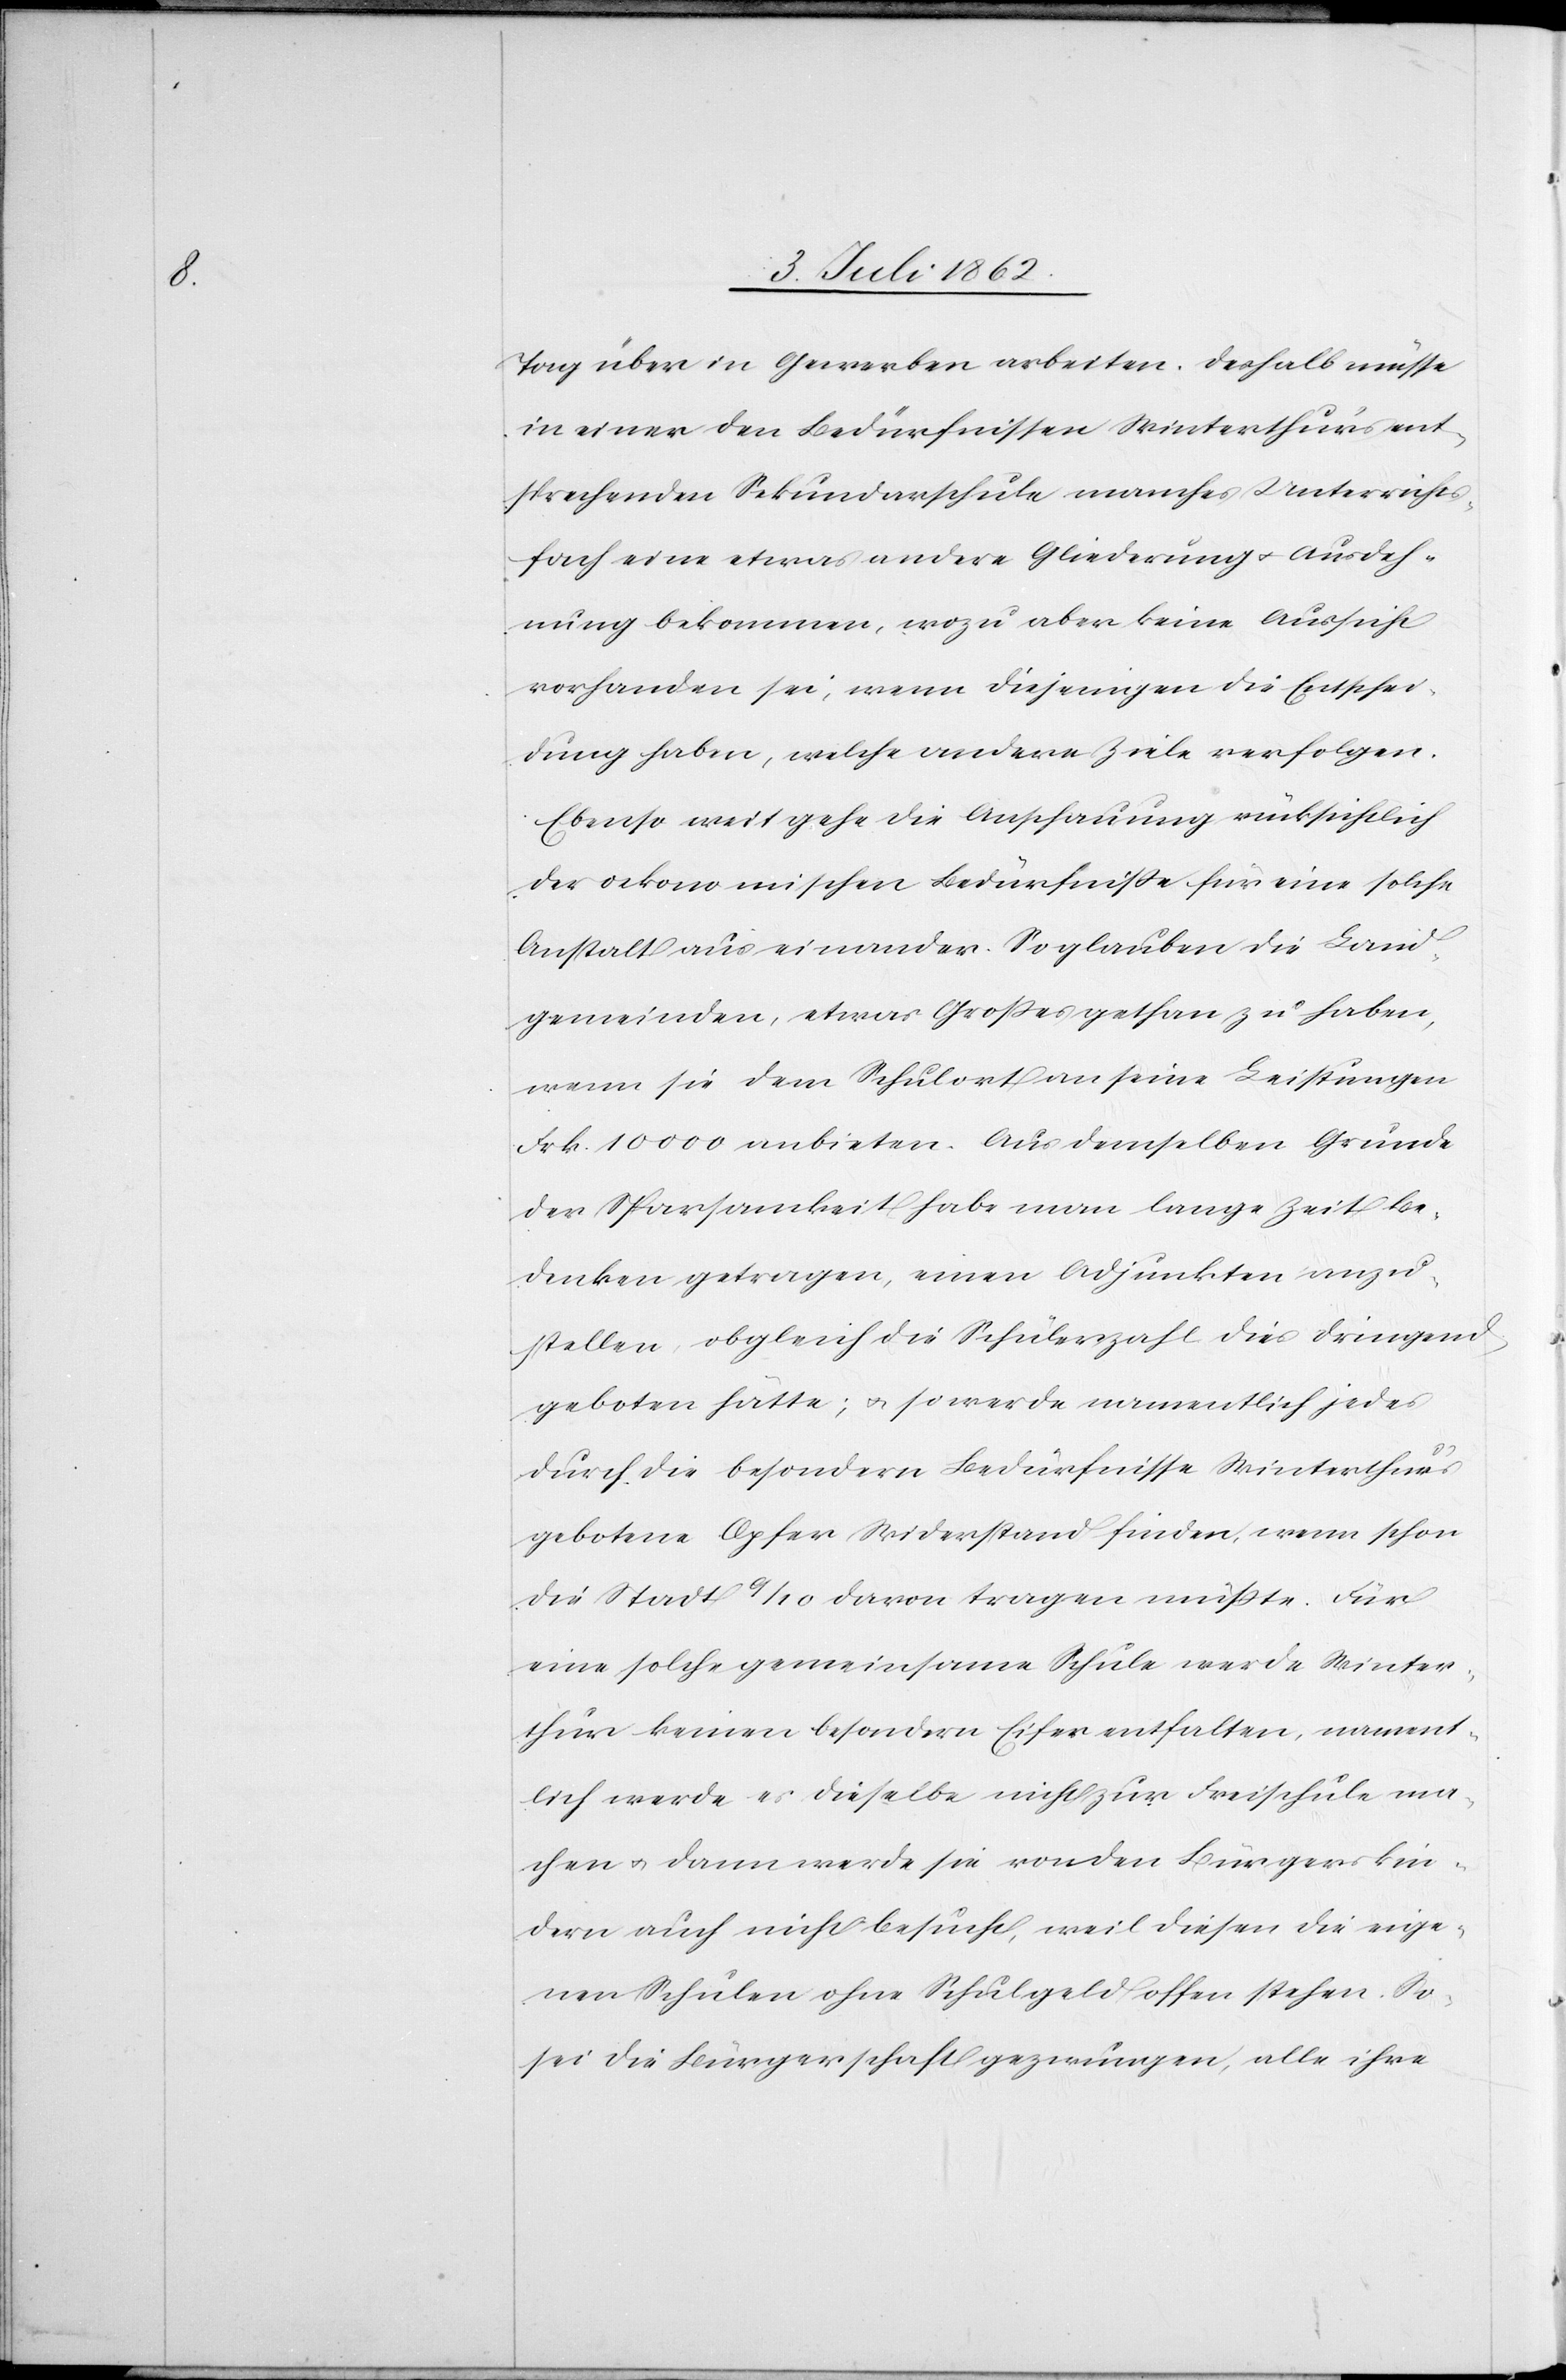
Tag über in Gewerben arbeiten. Deshalb müsse
in einer den Bedürfnissen Winterthur’s ent¬
sprechenden Sekundarschule manches Unterrichts¬
fach eine etwas andere Gliederung u. Ausdeh¬
nung bekommen, wozu aber keine Aussicht
vorhanden sei, wenn diejenigen die Entschei¬
dung haben, welche andere Ziele verfolgen.
Ebenso weit gehe die Anschauung rücksichtlich
der oekonomischen Bedürfnisse für eine solche
Anstalt auseinander. So glauben die Land¬
gemeinden, etwas Großes gethan zu haben,
wenn sie dem Schulort an seine Leistungen
Frk. 10 000 anbieten. Aus demselben Grunde
der Sparsamkeit habe man lange Zeit be¬
denken getragen, einen Adjunkten anzu¬
stellen obgleich die Schülerzahl dies dringend
geboten hätte; u. so werde namentlich jedes
durch die besondern Bedürfnisse Winterthur’s
gebotene Opfer Widerstand finden, wenn schon
die Stadt 9/10 davon tragen müßte. Für
eine solche gemeinsame Schule werde Winter¬
thur keinen besondern Eifer entfalten, nament¬
lich werde es dieselbe nicht zur Freischule ma¬
chen u. dann werde sie von den Bürgerskin¬
dern auch nicht besucht, weil diesen die eige¬
nen Schulen ohne Schulgeld offen stehen. So
sei die Bürgerschaft gezwungen, alle ihre